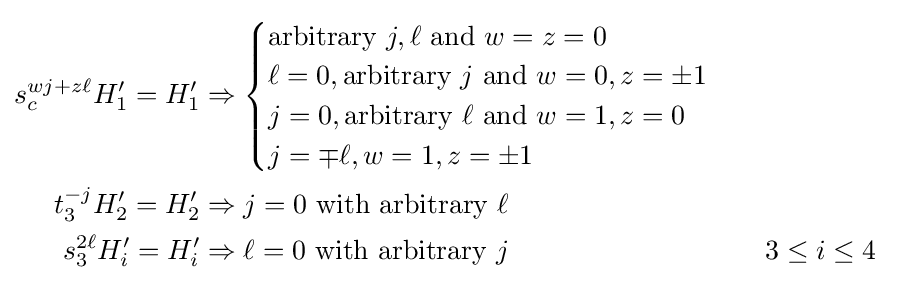
{\begin{aligned}s_{c}^{wj+z\ell }H_{1}'=H_{1}'&\Rightarrow {\begin{cases}{\text{arbitrary }}j,\ell {\text{ and }}w=z=0\\\ell =0,{\text{arbitrary }}j{\text{ and }}w=0,z=\pm 1\\j=0,{\text{arbitrary }}\ell {\text{ and }}w=1,z=0\\j=\mp \ell ,w=1,z=\pm 1\end{cases}}\\t_{3}^{-j}H_{2}'=H_{2}'&\Rightarrow j=0{\text{ with arbitrary }}\ell \\s_{3}^{2\ell }H_{i}'=H_{i}'&\Rightarrow \ell =0{\text{ with arbitrary }}j&&3\leq i\leq 4\end{aligned}}